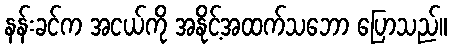
နန်းခင်က အငယ်ကို အနိုင့်အထက်သဘော ပြောသည်။